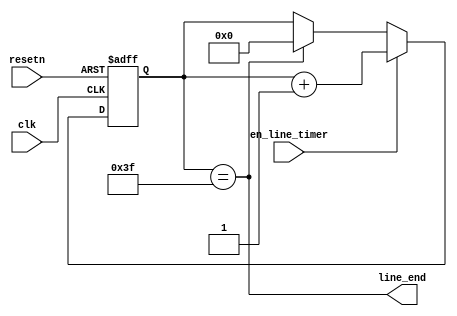
`timescale 1ns/1ps
module line_timer
(
  //inputs
   clk
  ,resetn
  ,en_line_timer
  //output
  ,line_end
 );
  input clk;
  input resetn;
  input en_line_timer;
  output line_end;
  //64 seconds
  reg [5:0] cnt;
  always@(posedge clk or negedge resetn)
  begin
	if(!resetn)
	cnt <= 6'd0;
	else if(en_line_timer)
	   cnt<= cnt + 1'b1;
	else if(cnt==6'd63)
	   cnt<= 1'b0;
  end
  
  assign line_end = (cnt==6'd63);
 endmodule